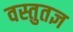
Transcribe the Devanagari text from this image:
वस्तुतज्ञ